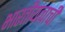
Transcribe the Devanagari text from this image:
भारतीयत्वाची